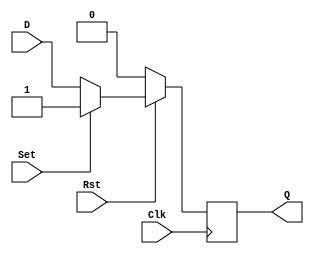
module dff_sync_posedge_activelowreset_activehighset(Q,D,Clk,Rst,Set);

input D, Clk, Rst, Set;
output reg Q;

always@(posedge Clk) //Synchronous because only updates with clock edge.
        if(!Rst)//typically used
                Q <= 1'b0;
        else if(Set)
                Q <= 1'b1;
        else
                Q <= D;

endmodule